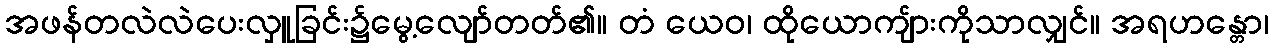
အဖန်တလဲလဲပေးလှူခြင်း၌မွေ့လျော်တတ်၏။ တံ ယေဝ၊ ထိုယောကျ်ားကိုသာလျှင်။ အရဟန္တော၊